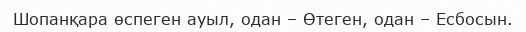
Шопанқара өспеген ауыл, одан – Өтеген, одан – Есбосын.